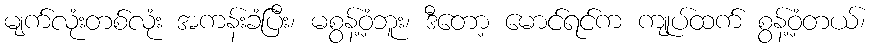
မျက်လုံးတစ်လုံး အကန်းခံပြီး၊ မစွန့်ဝံ့ဘူး၊ ဒီတော့ မောင်ရင်က ကျုပ်ထက် စွန့်ဝံ့တယ်၊